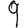
Digit: 9